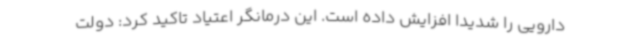
دارویی را شدیدا افزایش داده است. این درمانگر اعتیاد تاکید کرد: دولت